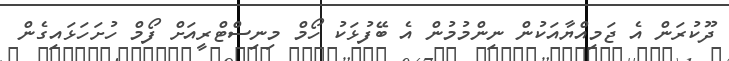
ދޫކުރަން އެ ޖަމިއްޔާއަކުން ނިންމުމުން އެ ބޭފުޅަކު ހޯމް މިނިސްޓްރީއަށް ފޯމް ހުށަހަޅައިގެން